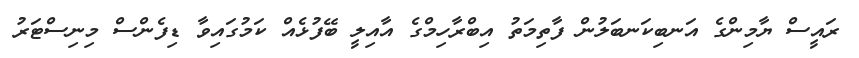
ރައީސް ޔާމިންގެ އަނބިކަނބަލުން ފާތިމަތު އިބްރާހިމްގެ އާއިލީ ބޭފުޅެއް ކަމުގައިވާ ޑިފެންސް މިނިސްޓަރު